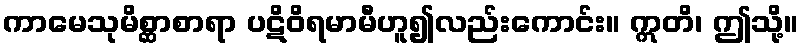
ကာမေသုမိစ္ဆာစာရာ ပဋိဝိရမာမီဟူ၍လည်းကောင်း။ ဣတိ၊ ဤသို့။